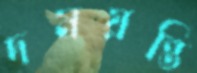
দময়ন্তি